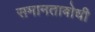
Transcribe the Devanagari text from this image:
समानताबोधी